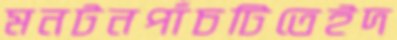
মনটনপাঁচটিতেইদ